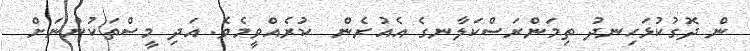
ން ދޮގުކުޅަހިނދު ތިމަންރަސްކަލާނގެ އެއުރެން  ކުރެއްވީމެވެ. އަދި މީސްތަކުންނަށް